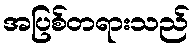
အပြစ်တရားသည်